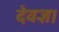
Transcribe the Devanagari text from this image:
देवज्ञ।